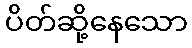
ပိတ်ဆို့နေသော